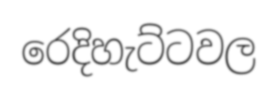
රෙදිහැට්ටවල